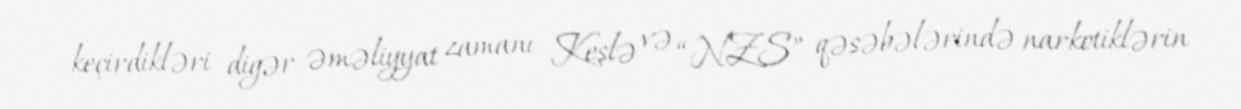
keçirdikləri digər əməliyyat zamanı Keşlə və “NZS” qəsəbələrində narkotiklərin